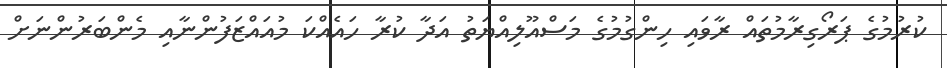
ކުރުމުގެ ޕަރޯގިރާމުތައް ރާވައި ހިންގުމުގެ މަސްއޫލިއްޔަތު އަދާ ކުރާ ހައެއްކަ މުއައްޒަފުންނާއި މެންބަރުންނަށް